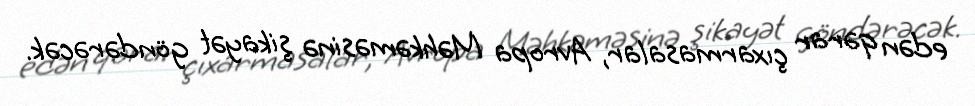
edən qərar çıxarmasalar, Avropa Məhkəməsinə şikayət göndərəcək.